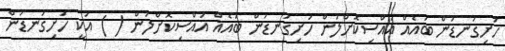
ހަށިގަނޑުން ބައެއް އައްސިކޮށްލުން ހަށިގަނޑުން ބައެއް އައްސިކޮށްލުން ( ) އަކީ ހަށިގަނޑުން